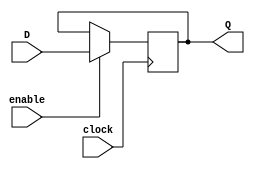
module shiftreg_2(D, clock, enable, Q);
	parameter WIDTH = 32;
	parameter DEPTH = 1;
	input [WIDTH-1:0] D;
	input clock, enable;
	output [WIDTH-1:0] Q;
	reg [WIDTH-1:0] local_ffs [0:DEPTH-1];
	genvar i;
	generate
		for(i = 0; i<=DEPTH-1; i = i+1) 
		begin : local_register
			always @(posedge clock)
				if (enable)
					if (i==0)
						local_ffs[0] <= D;
					else
						local_ffs[i] <= local_ffs[i-1];
		end
	endgenerate
	assign Q = local_ffs[DEPTH-1];
endmodule